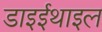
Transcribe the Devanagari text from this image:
डाइईथाइल